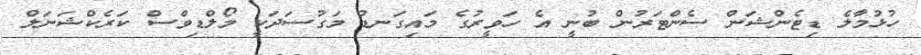
ހުޅުމާލެ ޑިޓެންޝަން ސެންޓަރުން ބުނީ އެ ހަވީރުގެ މައިގަނޑު މަގުސަދަކީ މޯލްޑިވްސް ކަރެކްޝަނަލް